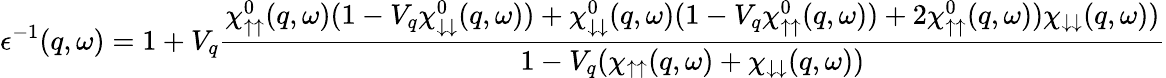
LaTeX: \epsilon^{-1}(q,\omega)=1+V_{q}\frac{\chi_{\uparrow\uparrow}^{0}(q,\omega)(1-V_{q}\chi_{\downarrow\downarrow}^{0}(q,\omega))+\chi_{\downarrow\downarrow}^{0}(q,\omega)(1-V_{q}\chi_{\uparrow\uparrow}^{0}(q,\omega))+2\chi_{\uparrow\uparrow}^{0}(q,\omega))\chi_{\downarrow\downarrow}(q,\omega))}{1-V_{q}(\chi_{\uparrow\uparrow}(q,\omega)+\chi_{\downarrow\downarrow}(q,\omega))}